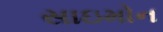
સાઇમોન